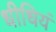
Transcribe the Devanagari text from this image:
धीधियं